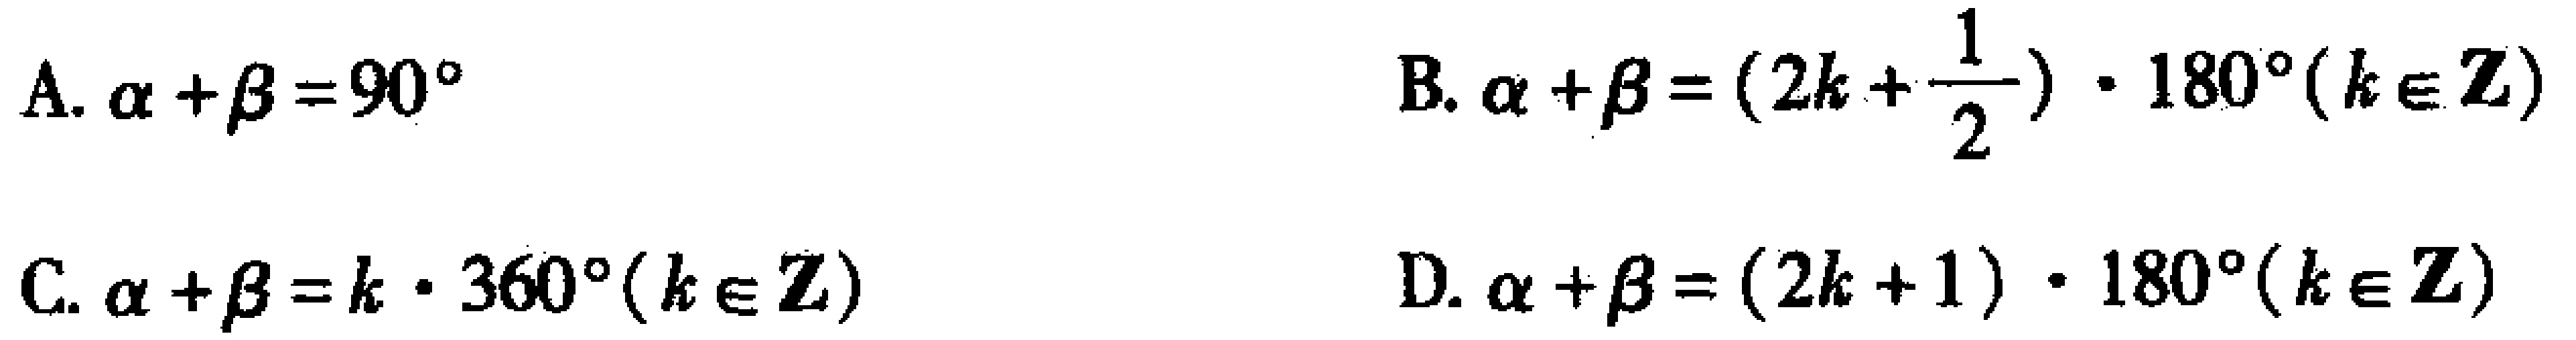
A. \(\alpha+\beta = 90^{\circ}\)

B. \(\alpha+\beta=(2k + \frac{1}{2})\cdot180^{\circ}(k\in\mathbb{Z})\)

C. \(\alpha+\beta=k\cdot360^{\circ}(k\in\mathbb{Z})\)

D. \(\alpha+\beta=(2k + 1)\cdot180^{\circ}(k\in\mathbb{Z})\)